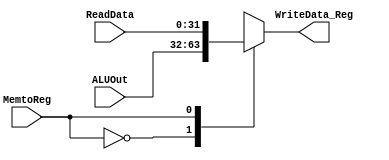
module Mux3 (ReadData, ALUOut, MemtoReg, WriteData_Reg);

	input [31:0] ReadData, ALUOut;
	input MemtoReg;	
	
	output reg [31:0] WriteData_Reg;
	
	always @(*) begin
		case (MemtoReg)
			0: WriteData_Reg <= ALUOut ;
			1: WriteData_Reg <= ReadData;
		endcase
	end
endmodule